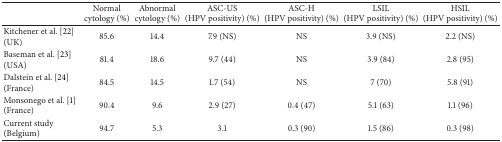
<table><thead><tr><td><b> </b></td><td><b>Normal cytology (%)</b></td><td><b>Abnormal cytology (%)</b></td><td><b>ASC-US (HPV positivity) (%)</b></td><td><b>ASC-H (HPV positivity) (%)</b></td><td><b>LSIL (HPV positivity) (%)</b></td><td><b>HSIL (HPV positivity) (%)</b></td></tr></thead><tbody><tr><td>Kitchener et al. [22] (UK)</td><td>85.6</td><td>14.4</td><td>7.9 (NS)</td><td>NS</td><td>3.9 (NS)</td><td>2.2 (NS)</td></tr><tr><td>Baseman et al. [23] (USA)</td><td>81.4</td><td>18.6</td><td>9.7 (44)</td><td>NS</td><td>3.9 (84)</td><td>2.8 (95)</td></tr><tr><td>Dalstein et al. [24] (France)</td><td>84.5</td><td>14.5</td><td>1.7 (54)</td><td>NS</td><td>7 (70)</td><td>5.8 (91)</td></tr><tr><td>Monsonego et al. [1] (France)</td><td>90.4</td><td>9.6</td><td>2.9 (27)</td><td>0.4 (47)</td><td>5.1 (63)</td><td>1.1 (96)</td></tr><tr><td>Current study (Belgium)</td><td>94.7</td><td>5.3</td><td>3.1</td><td>0.3 (90)</td><td>1.5 (86)</td><td>0.3 (98)</td></tr></tbody></table>